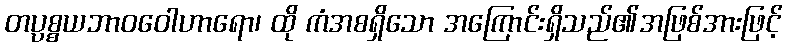
တပ္ပစ္စယဘာဝဝေါဟာရော၊ ထို ကံအစရှိသော အကြောင်းရှိသည်၏အဖြစ်အားဖြင့်